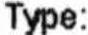
TYPE: